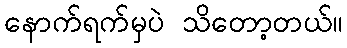
နောက်ရက်မှပဲ သိတော့တယ်။